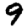
Digit: 9